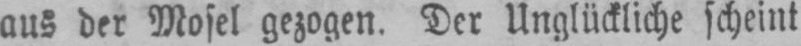
aus der Mosel gezogen. Der Unglückliche scheint